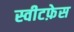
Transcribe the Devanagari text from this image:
स्वीटफ़ेस